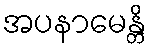
အပနာမေန္တိ